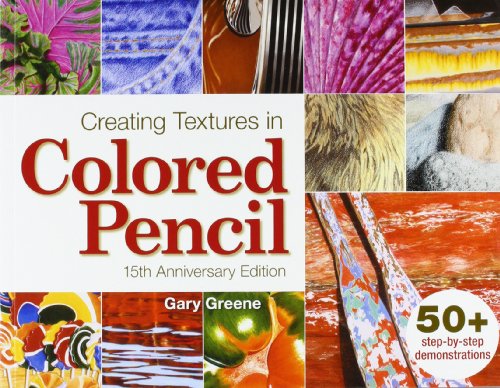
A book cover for Creating Textures in Colored Pencil; Gary Greene; Arts & Photography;